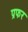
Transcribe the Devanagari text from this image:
प्रफर